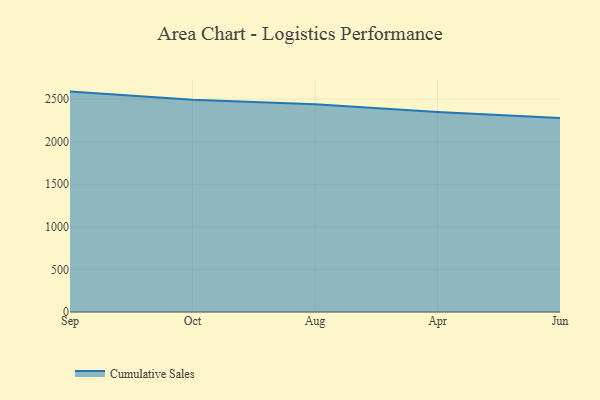
{"axis": {"x": "Month", "y": "Budget (USD K)"}, "legend": ["Cumulative Sales"], "data": [{"x": "Sep", "y": 2588.7, "type": "Cumulative Sales"}, {"x": "Oct", "y": 2491.9, "type": "Cumulative Sales"}, {"x": "Aug", "y": 2439.7, "type": "Cumulative Sales"}, {"x": "Apr", "y": 2350.0, "type": "Cumulative Sales"}, {"x": "Jun", "y": 2278.3, "type": "Cumulative Sales"}]}